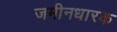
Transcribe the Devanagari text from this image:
जमीनधारक